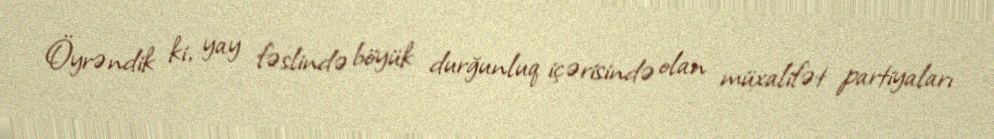
Öyrəndik ki, yay fəslində böyük durğunluq içərisində olan müxalifət partiyaları